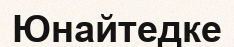
Юнайтедке